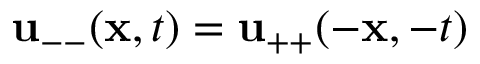
{ \mathbf { u } } _ { -- } ( { \mathbf { x } } , t ) = { \mathbf { u } } _ { + + } ( - { \mathbf { x } } , - t )